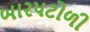
બારપટોળી